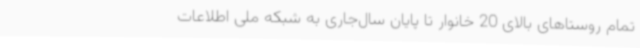
تمام روستاهای بالای 20 خانوار تا پایان سال‌جاری به شبکه ملی اطلاعات